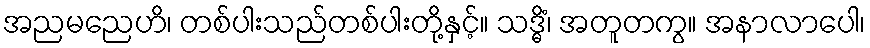
အညမညေဟိ၊ တစ်ပါးသည်တစ်ပါးတို့နှင့်။ သဒ္ဓိံ၊ အတူတကွ။ အနာလာပေါ၊